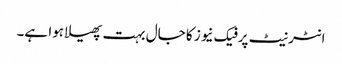
انٹرنیٹ پر فیک نیوز کا جال بہت پھیلا ہوا ہے۔